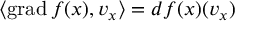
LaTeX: \langle \operatorname { g r a d } f ( x ) , v _ { x } \rangle = d f ( x ) ( v _ { x } )